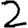
Digit: 2